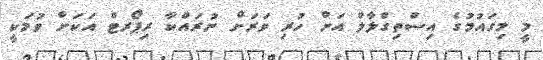
މީ މިގައުމުގެ އިސްތިގްލާލް އަށް ހުރި ވަރަށް ނުރައްކާ ރިޕޯރޓް އަކަށް ވުމަކީ